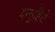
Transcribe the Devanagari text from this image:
यासुहिरो